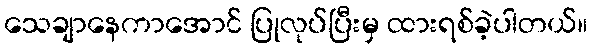
သေချာနေကာအောင် ပြုလုပ်ပြီးမှ ထားရစ်ခဲ့ပါတယ်။